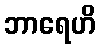
ဘာရေဟိ